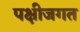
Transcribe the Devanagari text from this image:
पक्षीजगत